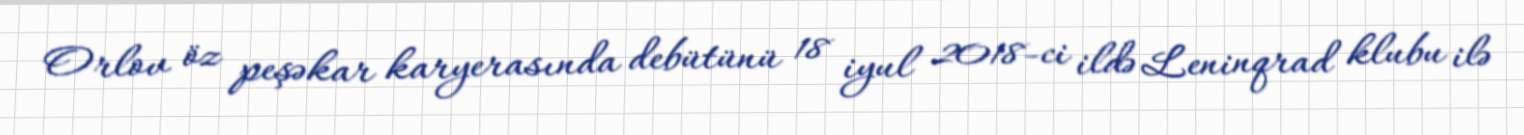
Orlov öz peşəkar karyerasında debütünü 18 iyul 2018-ci ildə Leninqrad klubu ilə